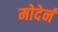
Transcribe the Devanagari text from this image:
मोदेर्न